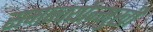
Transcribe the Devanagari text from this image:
समन्वयोन्मुखी